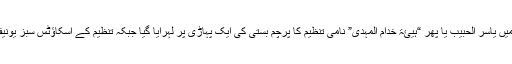
ایک عسکری تقریب میں یاسر الحبیب یا پھر “ہیئۃ خدام المہدی” نامی تنظیم کا پرچم بستی کی ایک پہاڑی پر لہرایا گیا جبکہ تنظیم کے اسکاؤٹس سبز یونیفارم میں ملبوس تھے۔